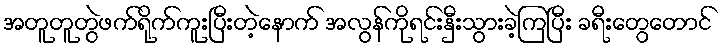
အတူတူတွဲဖက်ရိုက်ကူးပြီးတဲ့နောက် အလွန်ကိုရင်းနှီးသွားခဲ့ကြပြီး ခရီးတွေတောင်